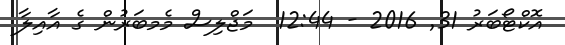
އޮކްޓޯބަރު 31